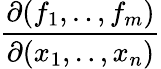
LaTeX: \frac{\partial(f_{1},..,f_{m})}{\partial(x_{1},..,x_{n})}